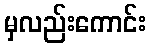
မှလည်းကောင်း